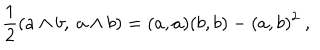
LaTeX: { \frac { 1 } { 2 } } ( a \wedge b , \ a \wedge b ) = ( a , a ) ( b , b ) - ( a , b ) ^ { 2 } \ ,